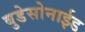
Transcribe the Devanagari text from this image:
बुडेसोनाईड